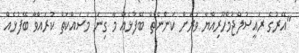
"އޭރުގެ ރައީސުލްޖުމްހޫރިއްޔާ ވަރަށް ކަންނެތް ބޭފުޅެއް މާ ގިނަ މަސައްކަތް ކުރައްވާ ބޭފުޅެއް